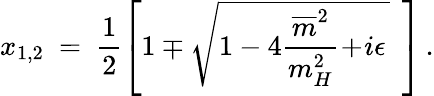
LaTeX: x_{1,2}\ =\ \frac{1}{2}\left[1\mp\sqrt{1-4\frac{\overline{{{m}}}^{2}}{m_{H}^{2}}\! +\! i\epsilon\, }\ \, \right]\, .